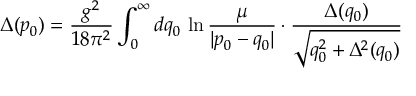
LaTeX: \begin{array} { c } { { \vec { B } \rightarrow \vec { B } + \rho \vec { n } , \vec { E } \rightarrow \vec { E } + \xi \vec { n } . } } \end{array}